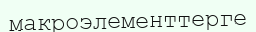
макроэлементтерге